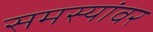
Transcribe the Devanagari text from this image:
समस्‍यांवर